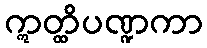
ဣတ္ထိပဏ္ဍကာ